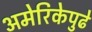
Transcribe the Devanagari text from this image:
अमेरिकेपुढे